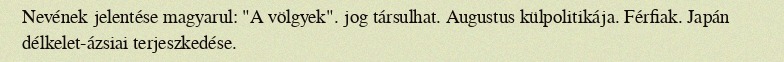
Nevének jelentése magyarul: "A völgyek". jog társulhat. Augustus külpolitikája. Férfiak. Japán délkelet-ázsiai terjeszkedése.